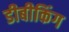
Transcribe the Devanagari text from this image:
डीबीकिंग